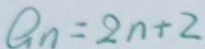
G _ { n } = 2 n + 2